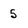
Character: 5